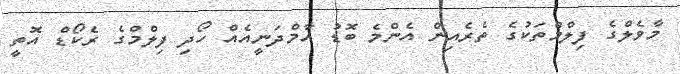
މާވެލްގެ ފިލްމްތަކުގެ ތެރެއިން އެންމެ ބޮޑު އާމްދަނީއެއް ހޯދި ފިލްމްގެ ރެކޯޑް އޮތީ